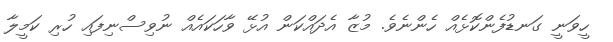
ހީވަނީ ގަނޑުފެންކޮޅެއް ހެންނެވެ. މުޒާ އެދައްކަން އުޅޭ ވާހަކައެއް ނުވިސްނިފައި ހުރި ކަމީލާ